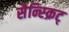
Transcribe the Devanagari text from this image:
सैन्स्क्रिट्